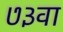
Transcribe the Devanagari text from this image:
७३वा